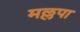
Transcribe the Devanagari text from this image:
मल्लपा